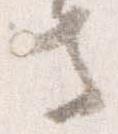
寺